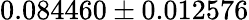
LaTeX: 0.084460\pm 0.012576